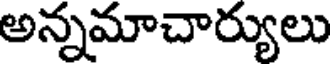
అన్నమాచార్యులు